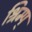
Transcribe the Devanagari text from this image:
श्रिम्प्